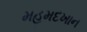
મહમદખાન